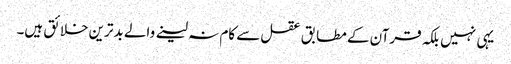
یہی نہیں بلکہ قرآن کے مطابق عقل سے کام نہ لینے والے بدترین خلائق ہیں۔